Indian journal of veterinary science and animal husbandry - Volume 7,
Year: 1937
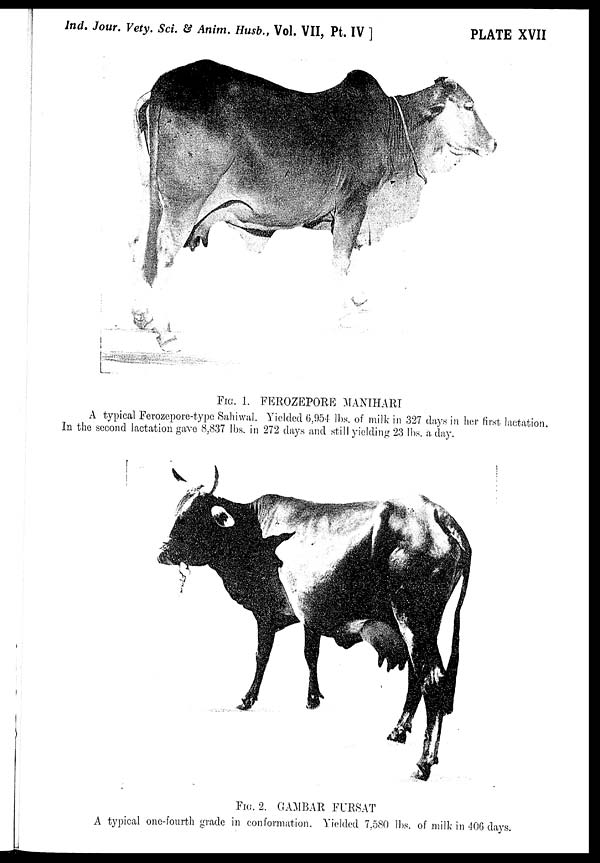
Ind. Jour. Vety. Sci. & Anim. Husb., Vol. VII, Pt. IV ]
PLATE XVII
FIG. 1. FEROZEPORE MANIHARI
A typical Ferozepore-type Sahiwal. Yielded 6,954 lbs. of milk in 327 days in her first lactation.
in the second lactation gave 8,837 lbs. in 272 days and still yielding 23 lbs. a day.
FIG. 2. GAMBAR FURSAT
A typical one-fourth grade in conformation. Yielded 7,580 lbs. of milk in 406 days.